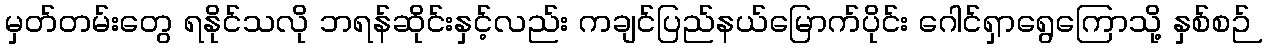
မှတ်တမ်းတွေ ရနိုင်သလို ဘရန်ဆိုင်းနှင့်လည်း ကချင်ပြည်နယ်မြောက်ပိုင်း ဂေါင်ရှာရွေကြောသို့ နှစ်စဉ်